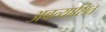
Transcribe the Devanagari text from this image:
अबत्याशित